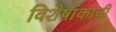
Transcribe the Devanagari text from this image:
विशेषांकाची